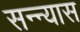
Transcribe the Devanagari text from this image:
सन्न्यास